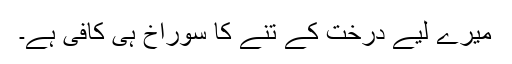
میرے لیے درخت کے تنے کا سوراخ ہی کافی ہے۔